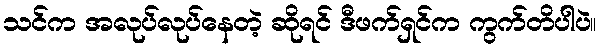
သင်က အလုပ်လုပ်နေတဲ့ ဆိုရင် ဒီဖက်ရှင်က ကွက်တိပါပဲ။